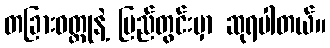
တခြားဝတ္ထုနဲ့ ပြည်တွင်းမှာ ဆုရပါတယ်။